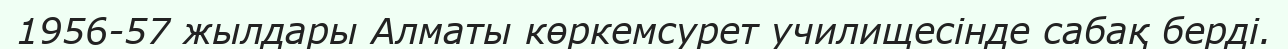
1956-57 жылдары Алматы көркемсурет училищесінде сабақ берді.